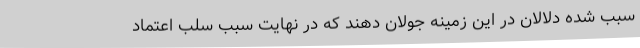
سبب شده دلالان در این زمینه جولان دهند که در نهایت سبب سلب اعتماد